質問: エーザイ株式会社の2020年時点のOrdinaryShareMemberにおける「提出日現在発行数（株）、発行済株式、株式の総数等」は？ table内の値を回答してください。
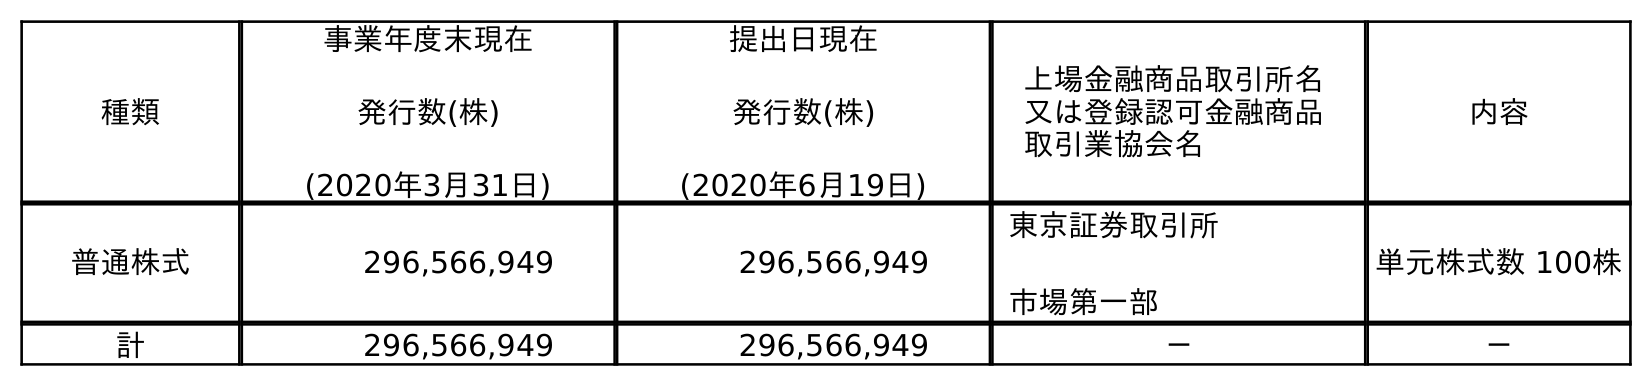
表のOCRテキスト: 種類 事業年度末現在 発行数(株) (2020年3月31日) 提出日現在 発行数(株) (2020年6月19日) 上場金融商品取引所名 又は登録認可金融商品 取引業協会名 内容 普通株式 296,566,949 296,566,949 東京証券取引所 市場第一部 単元株式数 100株 計 296,566,949 296,566,949 － －
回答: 296,566,949